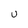
Character: U